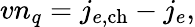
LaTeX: vn_{q}=j_{e,\mathrm{ch}}-j_{e},